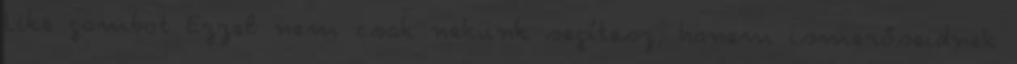
Like gombot Ezzel nem csak nekünk segítesz, hanem ismerőseidnek